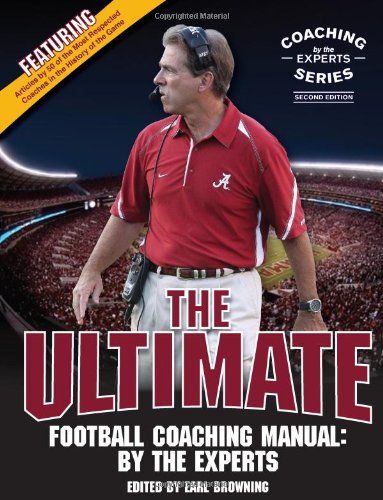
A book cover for The Ultimate Football Coaching Manual: By the Experts (Second Edition); Earl Browning; Sports & Outdoors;